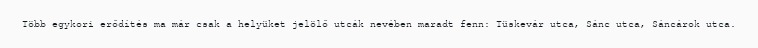
Több egykori erődítés ma már csak a helyüket jelölő utcák nevében maradt fenn: Tüskevár utca, Sánc utca, Sáncárok utca.